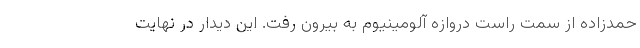
حمدزاده از سمت راست دروازه آلومینیوم به بیرون رفت. این دیدار در نهایت